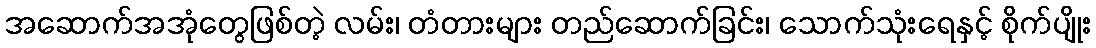
အဆောက်အအုံတွေဖြစ်တဲ့ လမ်း၊ တံတားများ တည်ဆောက်ခြင်း၊ သောက်သုံးရေနှင့် စိုက်ပျိုး